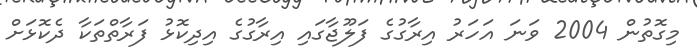
މިގޮތުން 2004 ވަނަ އަހަރު އިރާގުގެ ފަލޫޖާގައި އިރާގުގެ އިދިކޮޅު ފަރާތްތަކާ ދެކޮޅަށް